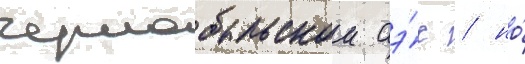
чернобыльскои аэ́с / но́